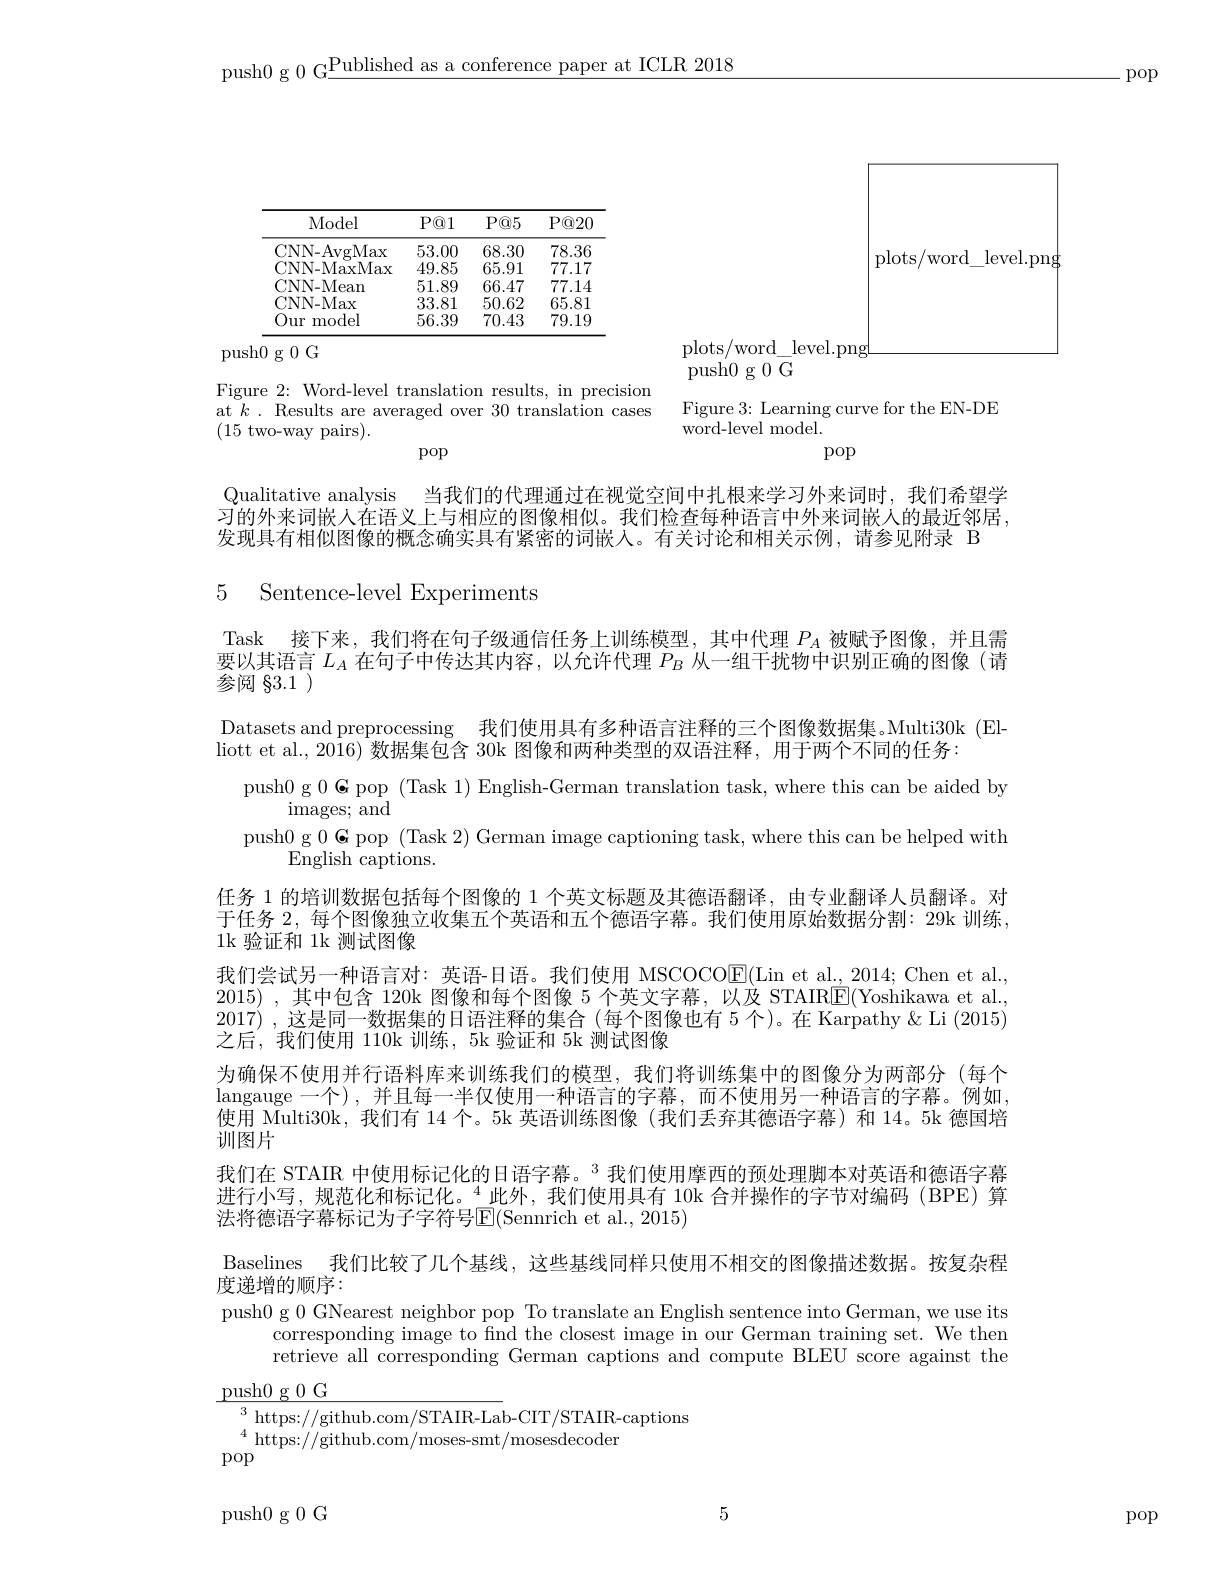
push0 g 0 G$\underline\text{Published as a conference paper at ICLR 2018}$

pop

plots/word\_level.png

<table>
	<tbody>
		<tr>
			<th>Model</th>
			<th>$P@1$</th>
			<th>$P@5$</th>
			<th>$P@2C$</th>
		</tr>
		<tr>
			<td>CNN- AvgMax</td>
			<td>53.00</td>
			<td>68.30</td>
			<td>78.36</td>
		</tr>
		<tr>
			<td>CNN- MaxMax</td>
			<td>49.85</td>
			<td>65.91</td>
			<td>77.17</td>
		</tr>
		<tr>
			<td>CNN-Mean</td>
			<td>51.89</td>
			<td>66.47</td>
			<td>77.14</td>
		</tr>
		<tr>
			<td>CNN- Max</td>
			<td>33.81</td>
			<td>50.62</td>
			<td>65.81</td>
		</tr>
		<tr>
			<td>Our model</td>
			<td>56.39</td>
			<td>70.43</td>
			<td>79.19</td>
		</tr>
	</tbody>
</table>
push0g0G

plots/word\_level.pngL

${\mathrm{push}}0$g$0{\mathrm{~}}{\mathrm{G}}$

Figure 2: Word-level translation results, in precision at $k.$ Results are averaged over 30 translation cases (15 two-way pairs).
pop

Figure 3: Learning curve for the EN-DE
word-level model.
pop

Qualitative analysis 当我们的代理通过在视觉空间中扎根来学习外来词时，我们希望学习的外来词嵌人在语义上与相应的图像相似。我们检查每种语言中外来词嵌入的最近邻居， 发现具有相似图像的概念确实具有紧密的词嵌人。有关讨论和相关示例，请参见附录 B

### 5 Sentence-level Experiments

Task 接下来，我们将在句子级通信任务上训练模型，其中代理$P_A$被赋予图像，并且需要以其语言$L_A$在句子中传达其内容，以允许代理$P_B$从一组干扰物中识别正确的图像(请

参阅$\S3.1$
Datasets and preprocessing 我们使用具有多种语言注释的三个图像数据集。Multi30k (El-
liott et al., 2016) 数据集包含 30k 图像和两种类型的双语注释，用于两个不同的任务：
push0 g $0\textbf{G pop}($Task 1) English-German translation task, where this can be aided by
${\mathrm{images;~and}}$
push0 g $0\textbf{G pop ( Task 2) German image captioning task, where this can be helped with}$
$\bar{\mathrm{English~captions.}}$
任务 1 的培训数据包括每个图像的 1 个英文标题及其德语翻译，由专业翻译人员翻译。对于任务 2, 每个图像独立收集五个英语和五个德语字幕。我们使用原始数据分割：29k 训练， 1k 验证和 1k 测试图像
我们尝试另一种语言对：英语-日语。我们使用 MSCOCOE(Lin et al., 2014; Chen et al., 2015) ,其中包含 120k 图像和每个图像 5 个英文字幕，以及 STAIRE(Yoshikawa et al., 2017) ,这是同一数据集的日语注释的集合 (每个图像也有 5个)。在 Karpathy & Li (2015) 之后，我们使用 110k 训练，5k 验证和 5k 测试图像
为确保不使用并行语料库来训练我们的模型，我们将训练集中的图像分为两部分(每个langauge 一个),并且每一半仅使用一种语言的字幕，而不使用另一种语言的字幕。例如， 使用 Multi30k, 我们有 14 个。5k 英语训练图像 (我们丢弃其德语字幕) 和 14。5k 德国培训图片
我们在 STAIR 中使用标记化的日语字幕。$^{3}$我们使用摩西的预处理脚本对英语和德语字幕进行小写，规范化和标记化。$^{4}$此外，我们使用具有 10k 合并操作的字节对编码(BPE)算法将德语字幕标记为子字符号$\mathsf E($Sennrich et al., 2015)
Baselines 我们比较了几个基线，这些基线同样只使用不相交的图像描述数据。按复杂程
度递增的顺序：
push0 g 0 GNearest neighbor pop To translate an English sentence into German, we use its
corresponding image to find the closest image in our German training set. We then retrieve all corresponding German captions and compute BLEU score against the
$\underline{\text{push}0\text{ g }0\text{ G}}$
$^{3}$https://github.com/STAIR-Lab-CIT/STAIR-captions
$\mathrm{on}^{4}$ https://github.com/moses-smt/mosesdecoder
pop

5

push0 g 0 G

pop